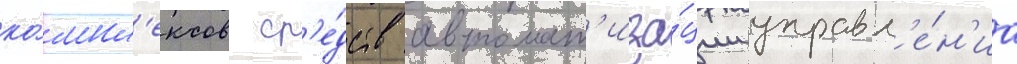
ко́мпл'ексов ср'е́дств автомат'иза́ции управл'е́н'иа